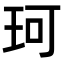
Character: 珂